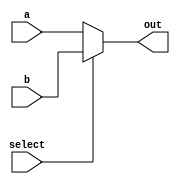
`timescale 1ns / 1ps
`default_nettype none
//////////////////////////////////////////////////////////////////////////////////
/*
Assignment No - 7
Semester - Autumn 2018
Group - 3
Members:
  G Rahul KrantiKiran - 16CS10018
  Sai Saketh Aluru - 16CS30030
*/
//////////////////////////////////////////////////////////////////////////////////

//A very basic MUX
module Mux_32b_2x1(input wire [31:0] a, input wire [31:0] b, input wire select, output reg[31:0] out);
	always @(*)
	begin 
		if(select)
			out = b;
		else out = a;
	end
endmodule